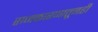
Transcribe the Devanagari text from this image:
राजकारणातूनही